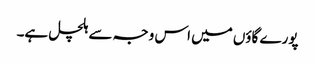
پورے گاؤں میں اس وجہ سے ہلچل ہے۔